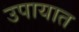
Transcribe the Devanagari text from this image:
उपायात